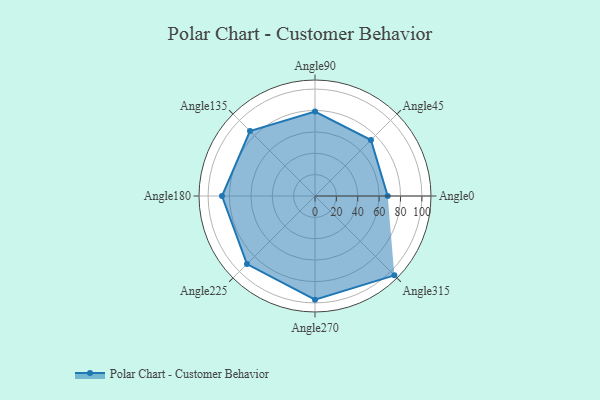
{"axis": {"x": "Angle", "y": "Radius"}, "legend": [""], "data": [{"x": "Angle0", "y": 68.0, "type": ""}, {"x": "Angle45", "y": 74.0, "type": ""}, {"x": "Angle90", "y": 79.0, "type": ""}, {"x": "Angle135", "y": 86.0, "type": ""}, {"x": "Angle180", "y": 87.0, "type": ""}, {"x": "Angle225", "y": 90.0, "type": ""}, {"x": "Angle270", "y": 97.0, "type": ""}, {"x": "Angle315", "y": 105.0, "type": ""}]}